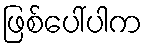
ဖြစ်ပေါ်ပါက